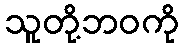
သူတို့ဘဝကို